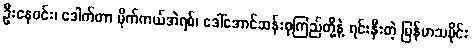
ဦးနေဝင်း၊ ဒေါက်တာ မိုက်ကယ်အဲရစ်၊ ဒေါ်အောင်ဆန်းစုကြည်တို့နဲ့ ရင်းနှီးတဲ့ မြန်မာသမိုင်း